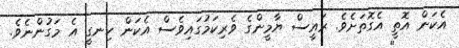
އެކަން އޮތީ އެގޮތަށެވެ. ރަައީސް ޔާމީންގެ ވެރިކަމުގައިވެސް އެކަން ހިނގީ އެ މަގުންނެވެ.